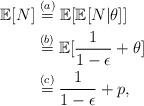
LaTeX: \begin{align*} \mathbb{E}[N] &\stackrel{(a)}= \mathbb{E}[\mathbb{E}[N|\theta]] \\ &\stackrel{(b)}= \mathbb{E}[\frac{1}{1-\epsilon} + \theta] \\ &\stackrel{(c)}= \frac{1}{1-\epsilon} + p,\end{align*}